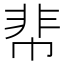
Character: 𩇪